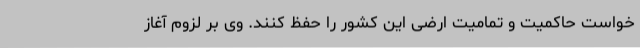
خواست حاکمیت و تمامیت ارضی این کشور را حفظ کنند. وی بر لزوم آغاز